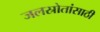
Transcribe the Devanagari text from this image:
जलस्रोतांसाठी